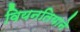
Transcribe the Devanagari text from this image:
वियनतियाने